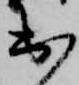
出